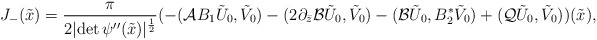
\begin{align*}J_-(\tilde x)=\frac{\pi}{2\vert \mbox{det}\,\psi''(\tilde x)\vert^\frac 12}(-(\mathcal A B_1\tilde U_0, \tilde V_0)-(2\partial_{\bar z}\mathcal B\tilde U_0, \tilde V_0)-(\mathcal B\tilde U_0, B_2^*\tilde V_0)+ (\mathcal Q\tilde U_0,\tilde V_0))(\tilde x),\end{align*}